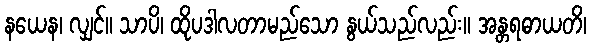
နယေန၊ လျှင်။ သာပိ၊ ထိုပဒါလတာမည်သော နွယ်သည်လည်း။ အန္တရဓာယတိ၊